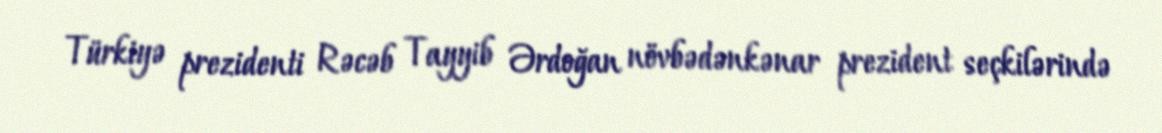
Türkiyə prezidenti Rəcəb Tayyib Ərdoğan növbədənkənar prezident seçkilərində